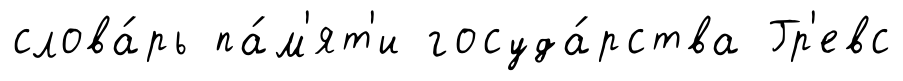
слова́рь па́м'ят'и госуда́рства Гр'евс